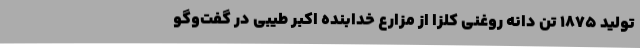
تولید 1875 تن دانه روغنی کلزا از مزارع خدابنده اکبر طیبی در گفت‌وگو